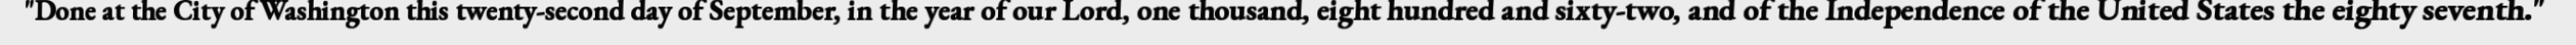
"Done at the City of Washington this twenty-second day of September, in the year of our Lord, one thousand, eight hundred and sixty-two, and of the Independence of the United States the eighty seventh."